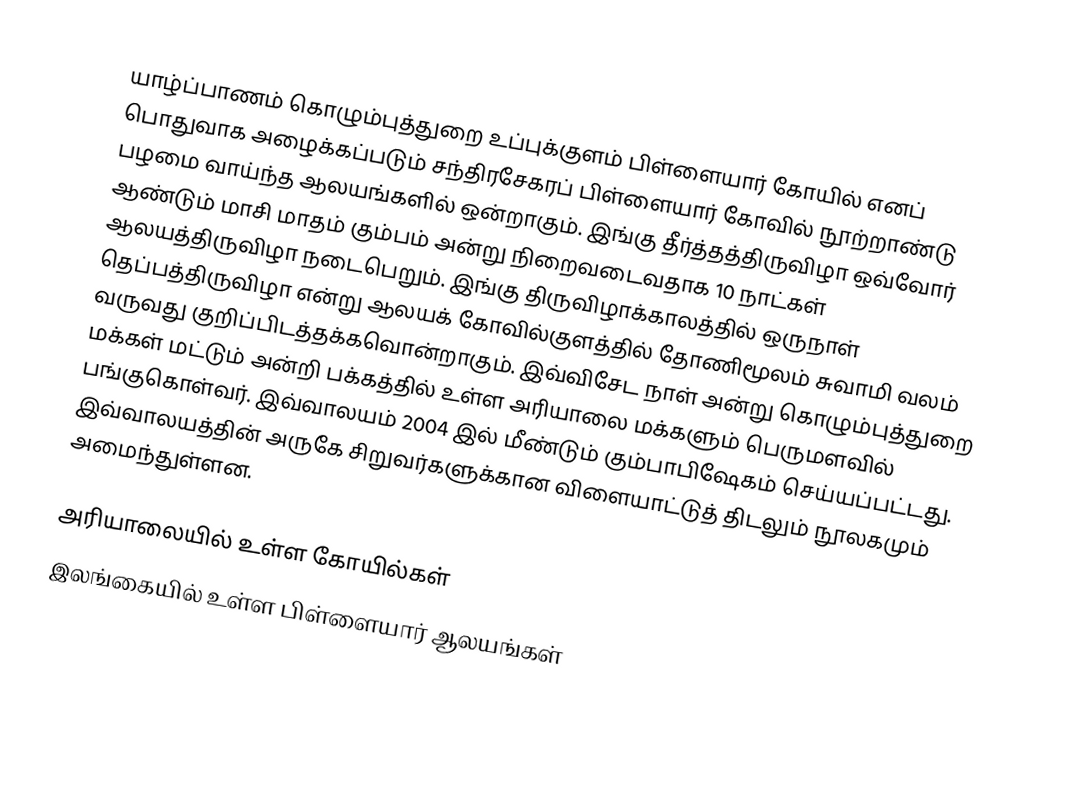
யாழ்ப்பாணம் கொழும்புத்துறை உப்புக்குளம் பிள்ளையார் கோயில் எனப் பொதுவாக அழைக்கப்படும் சந்திரசேகரப் பிள்ளையார் கோவில் நூற்றாண்டு பழமை வாய்ந்த ஆலயங்களில் ஒன்றாகும். இங்கு தீர்த்தத்திருவிழா ஒவ்வோர் ஆண்டும் மாசி மாதம் கும்பம் அன்று நிறைவடைவதாக 10 நாட்கள் ஆலயத்திருவிழா நடைபெறும். இங்கு திருவிழாக்காலத்தில் ஒருநாள் தெப்பத்திருவிழா என்று ஆலயக் கோவில்குளத்தில் தோணிமூலம் சுவாமி வலம் வருவது குறிப்பிடத்தக்கவொன்றாகும். இவ்விசேட நாள் அன்று கொழும்புத்துறை மக்கள் மட்டும் அன்றி பக்கத்தில் உள்ள அரியாலை மக்களும் பெருமளவில் பங்குகொள்வர். இவ்வாலயம் 2004 இல் மீண்டும் கும்பாபிஷேகம் செய்யப்பட்டது. இவ்வாலயத்தின் அருகே சிறுவர்களுக்கான விளையாட்டுத் திடலும் நூலகமும் அமைந்துள்ளன.

அரியாலையில் உள்ள கோயில்கள்
இலங்கையில் உள்ள பிள்ளையார் ஆலயங்கள்